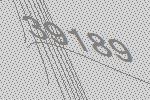
39189